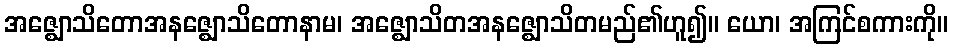
အဇ္ဈောသိတောအနဇ္ဈောသိတောနာမ၊ အဇ္ဈောသိတအနဇ္ဈောသိတမည်၏ဟူ၍။ ယော၊ အကြင်စကားကို။